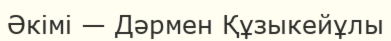
Әкімі — Дәрмен Құзыкейұлы